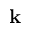
\mathbf { k }